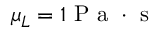
\mu _ { L } = 1 \mathrm { ~ P ~ a ~ } \cdot \mathrm { ~ s ~ }